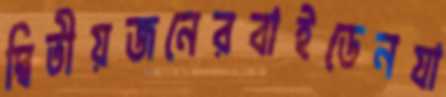
দ্বিতীয়জনেরবাইডেনযা